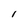
Character: l